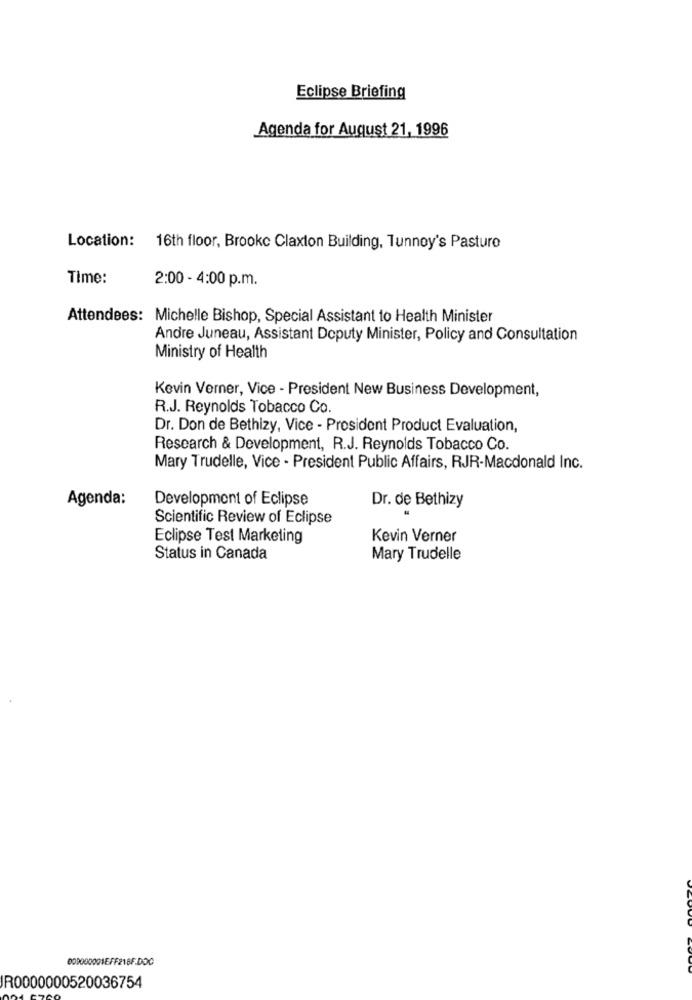
Eclipse Briefing
Agenda for August 21, 1996
Location:
16th floor, Brooke Claxton Building, Tunnoy's Pasturo
Time:
2:00 - 4:00 p.m.
Attendees: Michelle Bishop, Special Assistant to Health Minister
Andre Juneau, Assistant Doputy Minister, Policy and Consultation
Ministry of Health
Kevin Verner, Vice - President New Business Development,
R.J. Reynolds Tobacco Co.
Dr. Don de Bethizy, Vice - President Product Evaluation,
Research & Development, R.J. Reynolds Tobacco Co.
Mary Trudelle, Vice - President Public Affairs, RJR-Macdonald Inc.
Agenda:
Development of Eclipse
Dr. de Bethizy
Scientific Review of Eclipse
Eclipse Test Marketing
Kevin Verner
Status in Canada
Mary Trudelle
00900DODIEFF216F.DOC
R0000000520036754